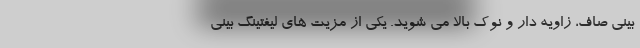
بینی صاف، زاویه دار و نوک بالا می شوید. یکی از مزیت های لیفتینگ بینی